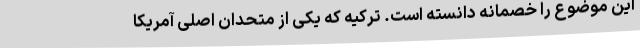
این موضوع را خصمانه دانسته است. ترکیه که یکی از متحدان اصلی آمریکا